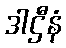
ဒါဌီနံ